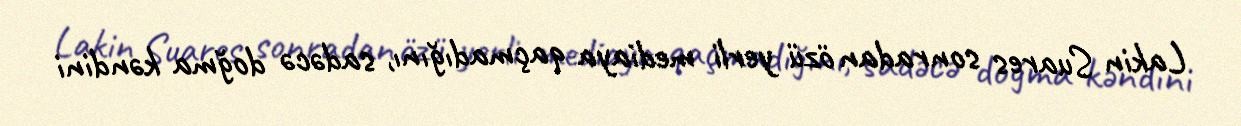
Lakin Suares sonradan özü yerli mediaya qaçmadığını, sadəcə doğma kəndini